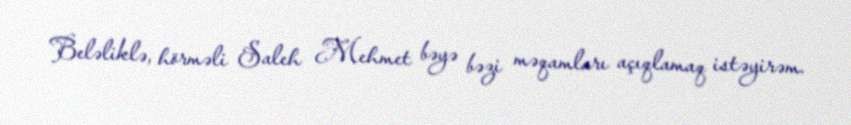
Beləliklə, hörməli Saleh Mehmet bəyə bəzi məqamları açıqlamaq istəyirəm.